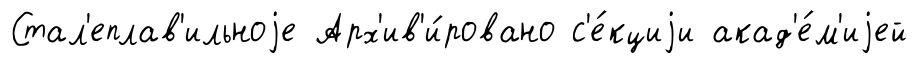
Стал'еплав'ильноjе Арх'ив'и́ровано с'е́кциjи акад'е́м'иjей